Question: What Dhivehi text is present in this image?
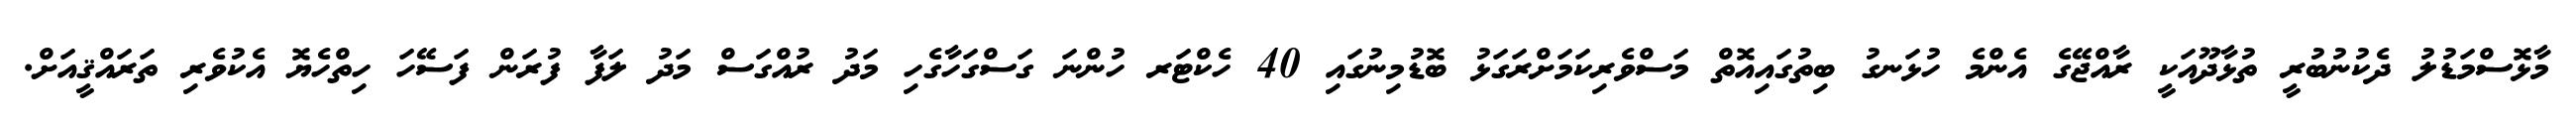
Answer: މާޅޮސްމަޑުލު ދެކުނުބުރީ ތުޅާދޫއަކީ ރާއްޖޭގެ އެންމެ ހުޅަނގު ބިތުގައިއޮތް މަސްވެރިކަމަށްރަގަޅު ބޮޑުމިނުގައި 40 ހެކްޓަރ ހުންނަ ގަސްގަހާގެހި މަދު ރުއްގަސް މަދު ލަފާ ފުރަން ފަސޭހަ ހިތްހެޔޮ އެކުވެރި ތަރައްޤީއަށް.